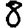
Digit: 8